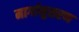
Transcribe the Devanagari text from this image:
मार्गानुसरण